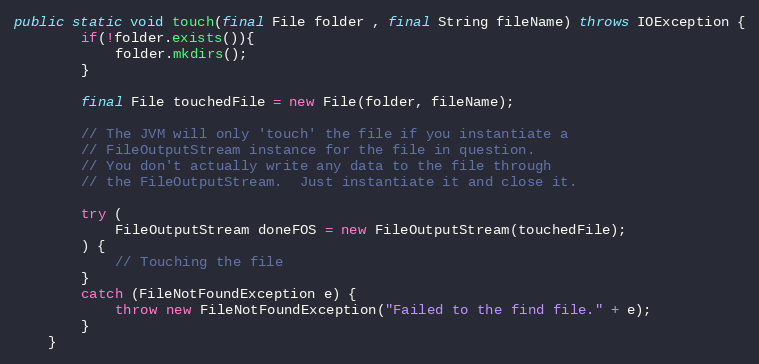
Language: Java
public static void touch(final File folder , final String fileName) throws IOException {
        if(!folder.exists()){
            folder.mkdirs();
        }

        final File touchedFile = new File(folder, fileName);

        // The JVM will only 'touch' the file if you instantiate a
        // FileOutputStream instance for the file in question.
        // You don't actually write any data to the file through
        // the FileOutputStream.  Just instantiate it and close it.

        try (
            FileOutputStream doneFOS = new FileOutputStream(touchedFile);
        ) {
            // Touching the file
        }
        catch (FileNotFoundException e) {
            throw new FileNotFoundException("Failed to the find file." + e);
        }
    }